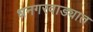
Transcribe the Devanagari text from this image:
धनगरवाड्यात